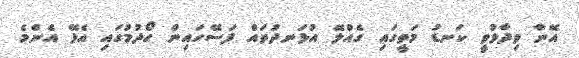
އޭނާ ވިދާޅުވީ ކަނޑު މަތީގައި ގެއްލޭ އުޅަނދުތައް ފަސޭހައިން ހޯދުމުގައި އެޅޭ އެންމެ